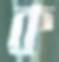
ক